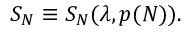
S _ { N } \equiv S _ { N } ( \lambda , p ( N ) ) .